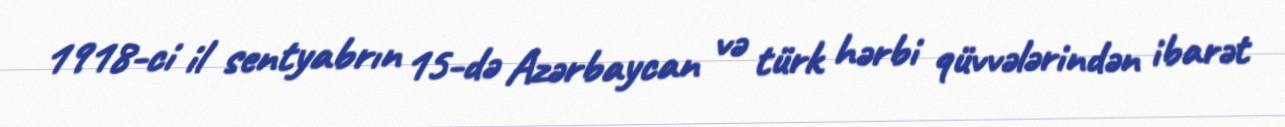
1918-ci il sentyabrın 15-də Azərbaycan və türk hərbi qüvvələrindən ibarət